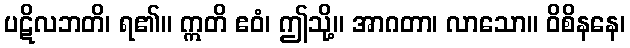
ပဋိလဘတိ၊ ရ၏။ ဣတိ ဧဝံ၊ ဤသို့။ အာဂတာ၊ လာသော။ ဝိစိနနေ၊